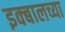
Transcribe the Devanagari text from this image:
इक्बालच्या